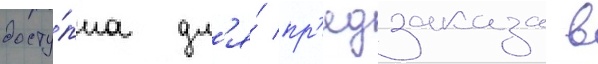
досту́пна дл'я́ пр'едзаказа в